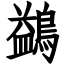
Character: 鷁